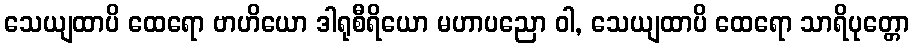
သေယျထာပိ ထေရော ဗာဟိယော ဒါရုစီရိယော မဟာပညော ဝါ, သေယျထာပိ ထေရော သာရိပုတ္တော